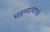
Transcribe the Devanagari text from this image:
घडण्यामागचे